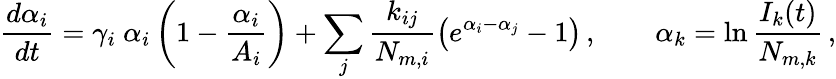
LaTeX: \frac{d\alpha_{i}}{dt}=\gamma_{i}\ \alpha_{i}\left(1-\frac{\alpha_{i}}{A_{i}}\right)+\sum_{j}\frac{k_{ij}}{N_{m,i}}\left(e^{\alpha_{i}-\alpha_{j}}-1\right)\, ,\qquad\alpha_{k}=\ln\frac{I_{k}(t)}{N_{m,k}}\, ,